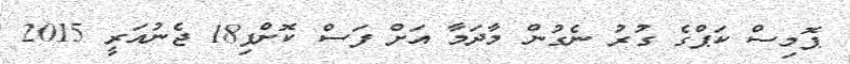
ޕޮމިސް ކަޕްގެ ގުރު ނެގުން މާދަމާ އަށް ފަސް ކޮށްފި18 ޖެނުއަރީ 2015